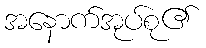
အနောက်အုပ်စု၏